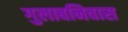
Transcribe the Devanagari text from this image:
गुलाबनिवास